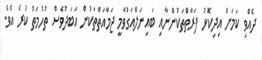
ދެއްވި ކަމަަށް އިދިކޮޅު ފަރާތްތަކުންނާއި ބައިނަލްއަގުވާމީ ޖަމާއަތްތަކުން އަބަދުވެސް ތުހުމަތު ކުރެ އެވެ.